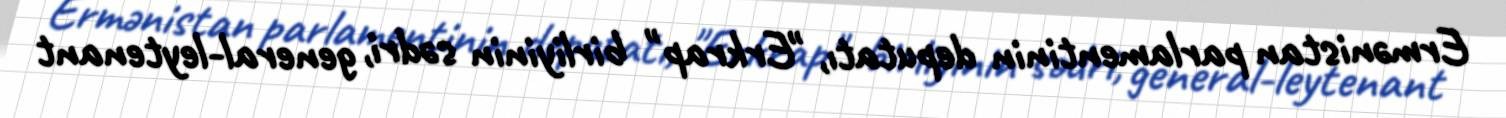
Ermənistan parlamentinin deputatı, "Erkrap" birliyinin sədri, general-leytenant